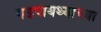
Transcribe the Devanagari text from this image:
गडपायथ्याच्या